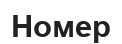
Номер